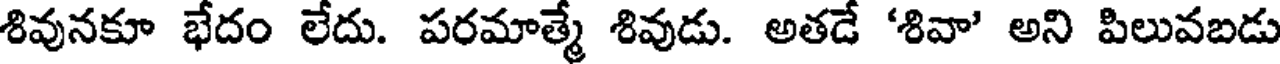
శివునకూ భేదం లేదు. పరమాత్మే శివుడు. అతడే 'శివా' అని పిలువబడు